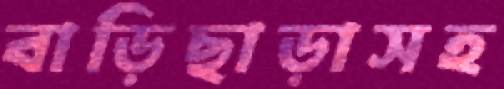
বাড়িছাড়াসহ